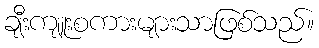
ချီးကျူးစကားများသာဖြစ်သည်။